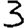
Digit: 3